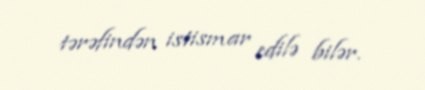
tərəfindən istismar edilə bilər.